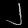
Digit: ၂